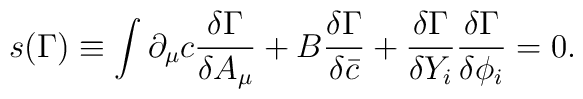
s(\Gamma)\equiv \int\partial_{\mu}c \frac{\delta\Gamma}{\delta A_{\mu}}+B\frac{\delta\Gamma}{\delta\bar{c}}+\frac{\delta\Gamma}{\delta Y_{i}}\frac{\delta\Gamma}{\delta\phi_{i}}=0.